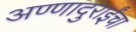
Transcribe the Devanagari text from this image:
अण्णादुराईंचा